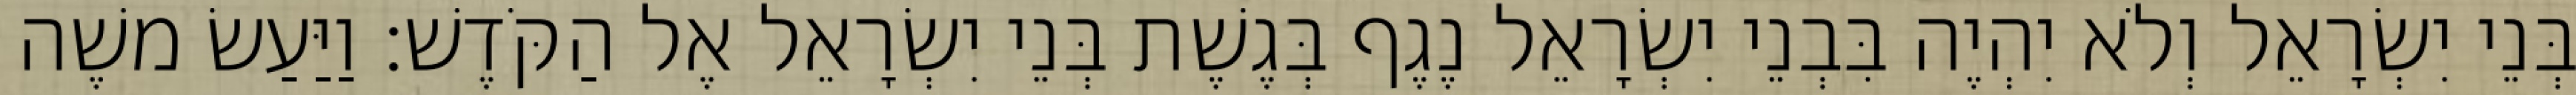
בְּנֵי יִשְׂרָאֵל וְלֹא יִהְיֶה בִּבְנֵי יִשְׂרָאֵל נֶגֶף בְּגֶשֶׁת בְּנֵי יִשְׂרָאֵל אֶל הַקֹּדֶשׁ׃ וַיַּעַשׂ משֶׁה